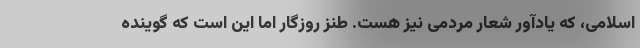
اسلامی، که یادآور شعار مردمی نیز هست. طنز روزگار اما این است که گوینده